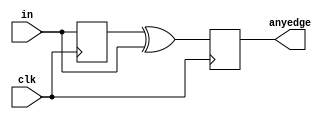
module top_module (
    input clk,
    input [7:0] in,
    output [7:0] anyedge
);
    reg [7:0]last_in;
    always@(posedge clk)begin
    	last_in <= in;
        anyedge <= last_in ^ in;
    end
endmodule